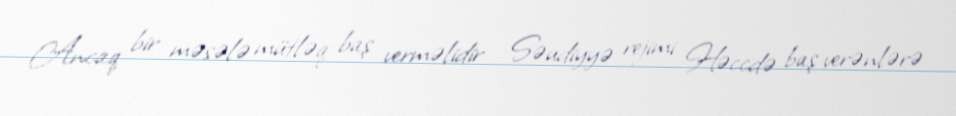
Ancaq bir məsələ mütləq baş verməlidir - Səudiyyə rejimi Həccdə baş verənlərə